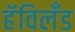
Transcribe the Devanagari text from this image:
हॅविलँड